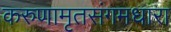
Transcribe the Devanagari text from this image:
करुणामृतसंगमधारा